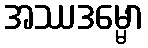
အဿဒမ္မော